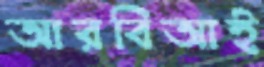
আরবিআই